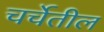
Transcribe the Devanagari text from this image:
चर्चेतील